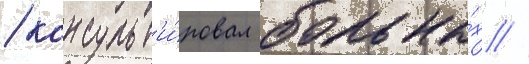
/ консульт'и́ровал больны́х //